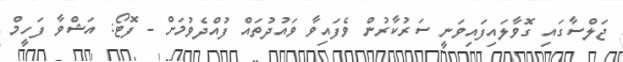
ޖަލްސާގައި ގޮވާލައިފައިވަނީ ސަރުކާރުން ވެފައިވާ ވައުދުތައް ފުއްދެވުމަށް - ފޮޓޯ: އަޝްވާ ފަހީމް